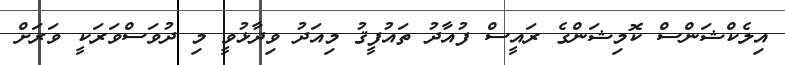
އިލެކްޝަންސް ކޮމިޝަންގެ ރައީސް ފުއާދު ތައުފީޤު މިއަދު ވިދާޅުވީ މި ދުވަސްވަރަކީ ވަރަށް